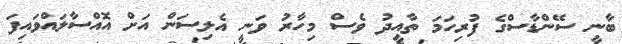
ބާނީ ސޭންޑާސްގެ ފުރިހަމަ ތާއީދު ވެސް މިހާރު ވަނީ އެލިސަން އަށް އޮއްސާލައްވައިފަ